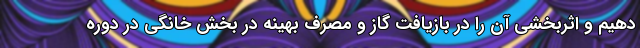
دهیم و اثربخشی آن را در بازیافت گاز و مصرف بهینه در بخش خانگی در دوره